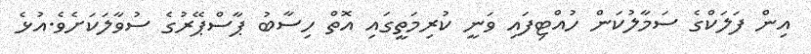
އިން ފަލަކްގެ ސަމާލުކަން ހުއްޓިފައި ވަނީ ކުރިމަތީގައި އޮތް ހިސާބު ޕާސްޕޭރުގެ ސުވާލަކަށެވެ.އުޅެ